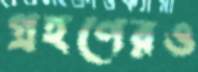
গ্রহণেরও